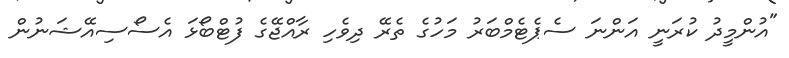
"އުންމީދު ކުރަނީ އަންނަ ސެޕެޓެމްބަރު މަހުގެ ތެރޭ ދިވެހި ރާއްޖޭގެ ފުޓްބޯޅަ އެސޯސިއޭޝަނުން